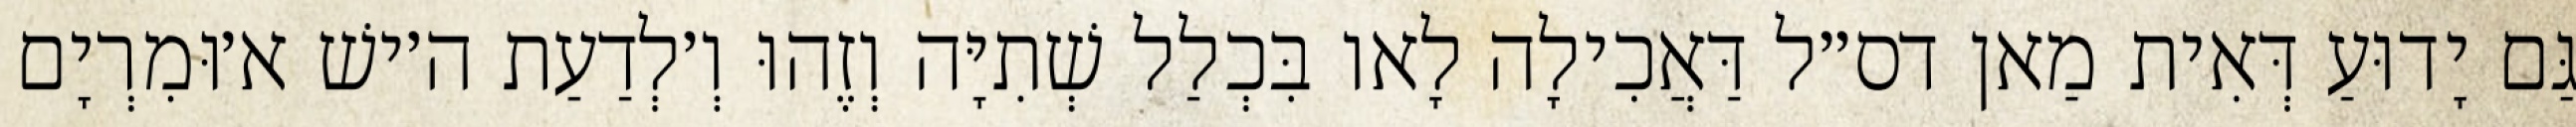
גַּם יָדוּעַ דְּאִית מַאן דס״ל דַּאֲכִילָה לָאו בִּכְלַל שְׁתִיָּה וְזֶהוּ וְ׳לְדַעַת ה׳ישׁ א׳וּמִרְיָם